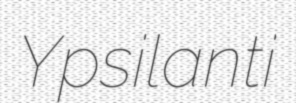
Ypsilanti